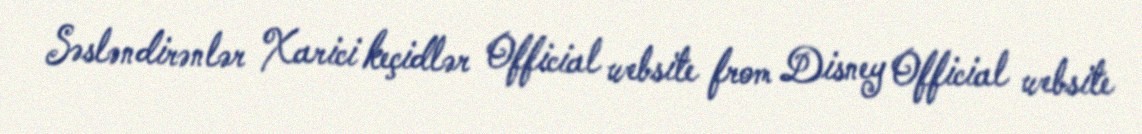
Səsləndirənlər Xarici keçidlər Official website from Disney Official website